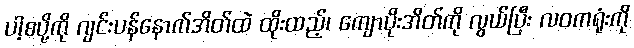
ပါ့စပို့ကို ဂျင်းပန်နောက်အိတ်ထဲ ထိုးထည့်၊ ကျောပိုးအိတ်ကို လွယ်ပြီး လဝကရုံးကို